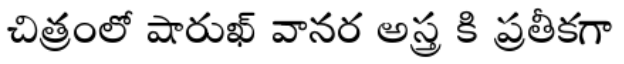
చిత్రంలో షారుఖ్ వానర అస్త్ర కి ప్రతీకగా